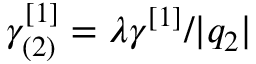
\gamma _ { ( 2 ) } ^ { [ 1 ] } = \lambda \gamma ^ { [ 1 ] } / \vert q _ { 2 } \vert